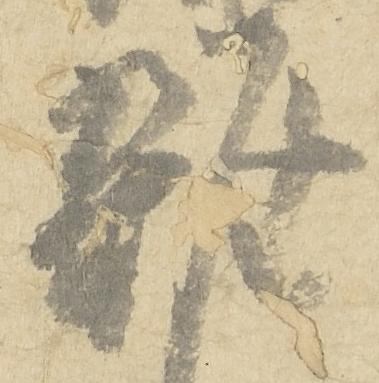
雑